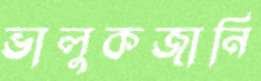
ভালুকজানি